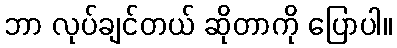
ဘာ လုပ်ချင်တယ် ဆိုတာကို ပြောပါ။